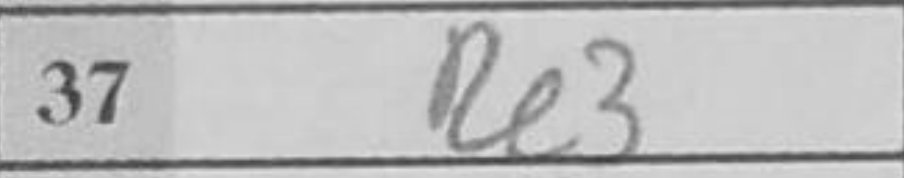
Transcription: Re3